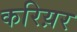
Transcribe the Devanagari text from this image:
करिय़र